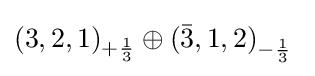
(3,2,1)_{+{1 \over 3}}\oplus \left({\bar {3}},1,2\right)_{-{1 \over 3}}\